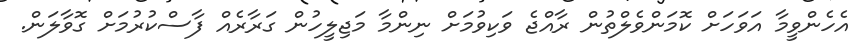
އެހެންވީމާ އަވަހަށް ކޮމަންވެލްތުން ރާއްޖެ ވަކިވުމަށް ނިންމާ މަޖިލީހުން ގަރާރެއް ފާސްކުރުމަށް ގޮވާލަން.